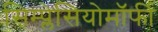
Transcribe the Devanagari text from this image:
सिम्प्लेसियोमॉर्फी